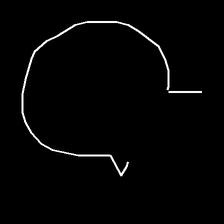
Glyph: weave